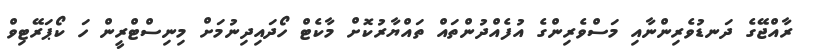
ރާއްޖޭގެ ދަނޑުވެރިންނާއި މަސްވެރިންގެ އުފެއްދުންތައް ތައްޔާރުކޮށް މާކެޓް ހޯދައިދިނުމަށް މިނިސްޓްރީން ހަ ކޯޕަރޭޓިވް